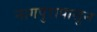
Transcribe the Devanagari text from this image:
नागपुरापासून